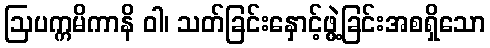
ဩပက္ကမိကာနိ ဝါ၊ သတ်ခြင်းနှောင့်ဖွဲ့ခြင်းအစရှိသော